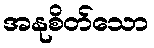
အနုစိတ်သော